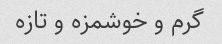
گرم و خوشمزه و تازه